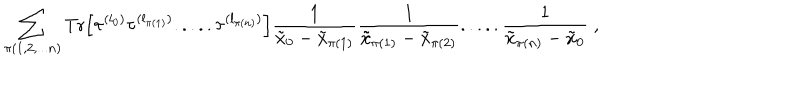
LaTeX: \sum _ { \pi ( 1 , 2 , . . . n ) } \mathrm { T r } \Big [ \tau ^ { ( l _ { 0 } ) } \tau ^ { ( l _ { \pi ( 1 ) } ) } . . . . . \tau ^ { ( l _ { \pi ( n ) } ) } \Big ] \frac { 1 } { \tilde { x } _ { 0 } - \tilde { x } _ { \pi ( 1 ) } } \frac { 1 } { \tilde { x } _ { \pi ( 1 ) } - \tilde { x } _ { \pi ( 2 ) } } . . . . . \frac { 1 } { \tilde { x } _ { \pi ( n ) } - \tilde { x } _ { 0 } } \; ,